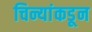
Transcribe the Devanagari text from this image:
चिन्यांकडून